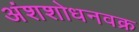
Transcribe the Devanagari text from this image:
अंशशोधनवक्र